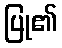
ပြု၏